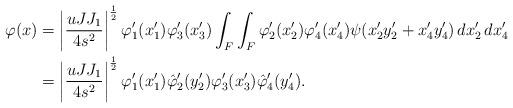
LaTeX: \begin{align*} \varphi(x) & = \left| \frac{uJJ_1}{4s^2} \right|^{\frac{1}{2}} \varphi_1'(x_1') \varphi_3'(x_3') \int_F \int_F \varphi_2'(x_2') \varphi_4'(x_4') \psi(x_2'y_2' + x_4' y_4') \, dx_2' \, dx_4' \\ & = \left| \frac{uJJ_1}{4s^2} \right|^{\frac{1}{2}} \varphi_1'(x_1') \hat{\varphi}_2'(y_2') \varphi_3'(x_3') \hat{\varphi}_4'(y_4').\end{align*}